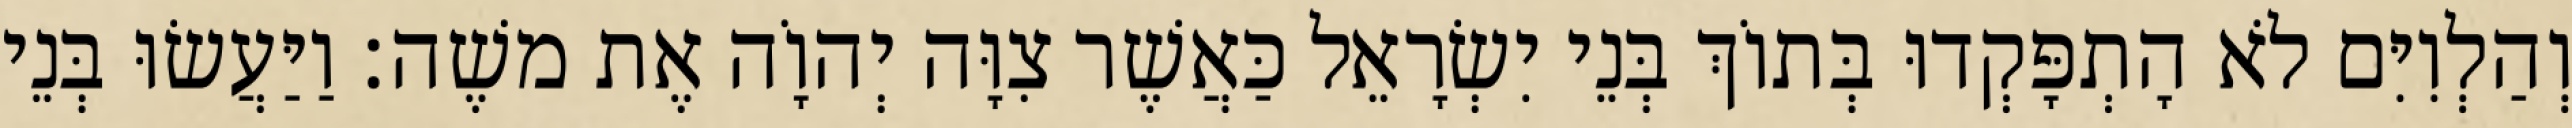
וְהַלְוִיִּם לֹא הָתְפָּקְדוּ בְּתוֹךְ בְּנֵי יִשְׂרָאֵל כַּאֲשֶׁר צִוָּה יְהוָֹה אֶת משֶׁה׃ וַיַּעֲשׂוּ בְּנֵי